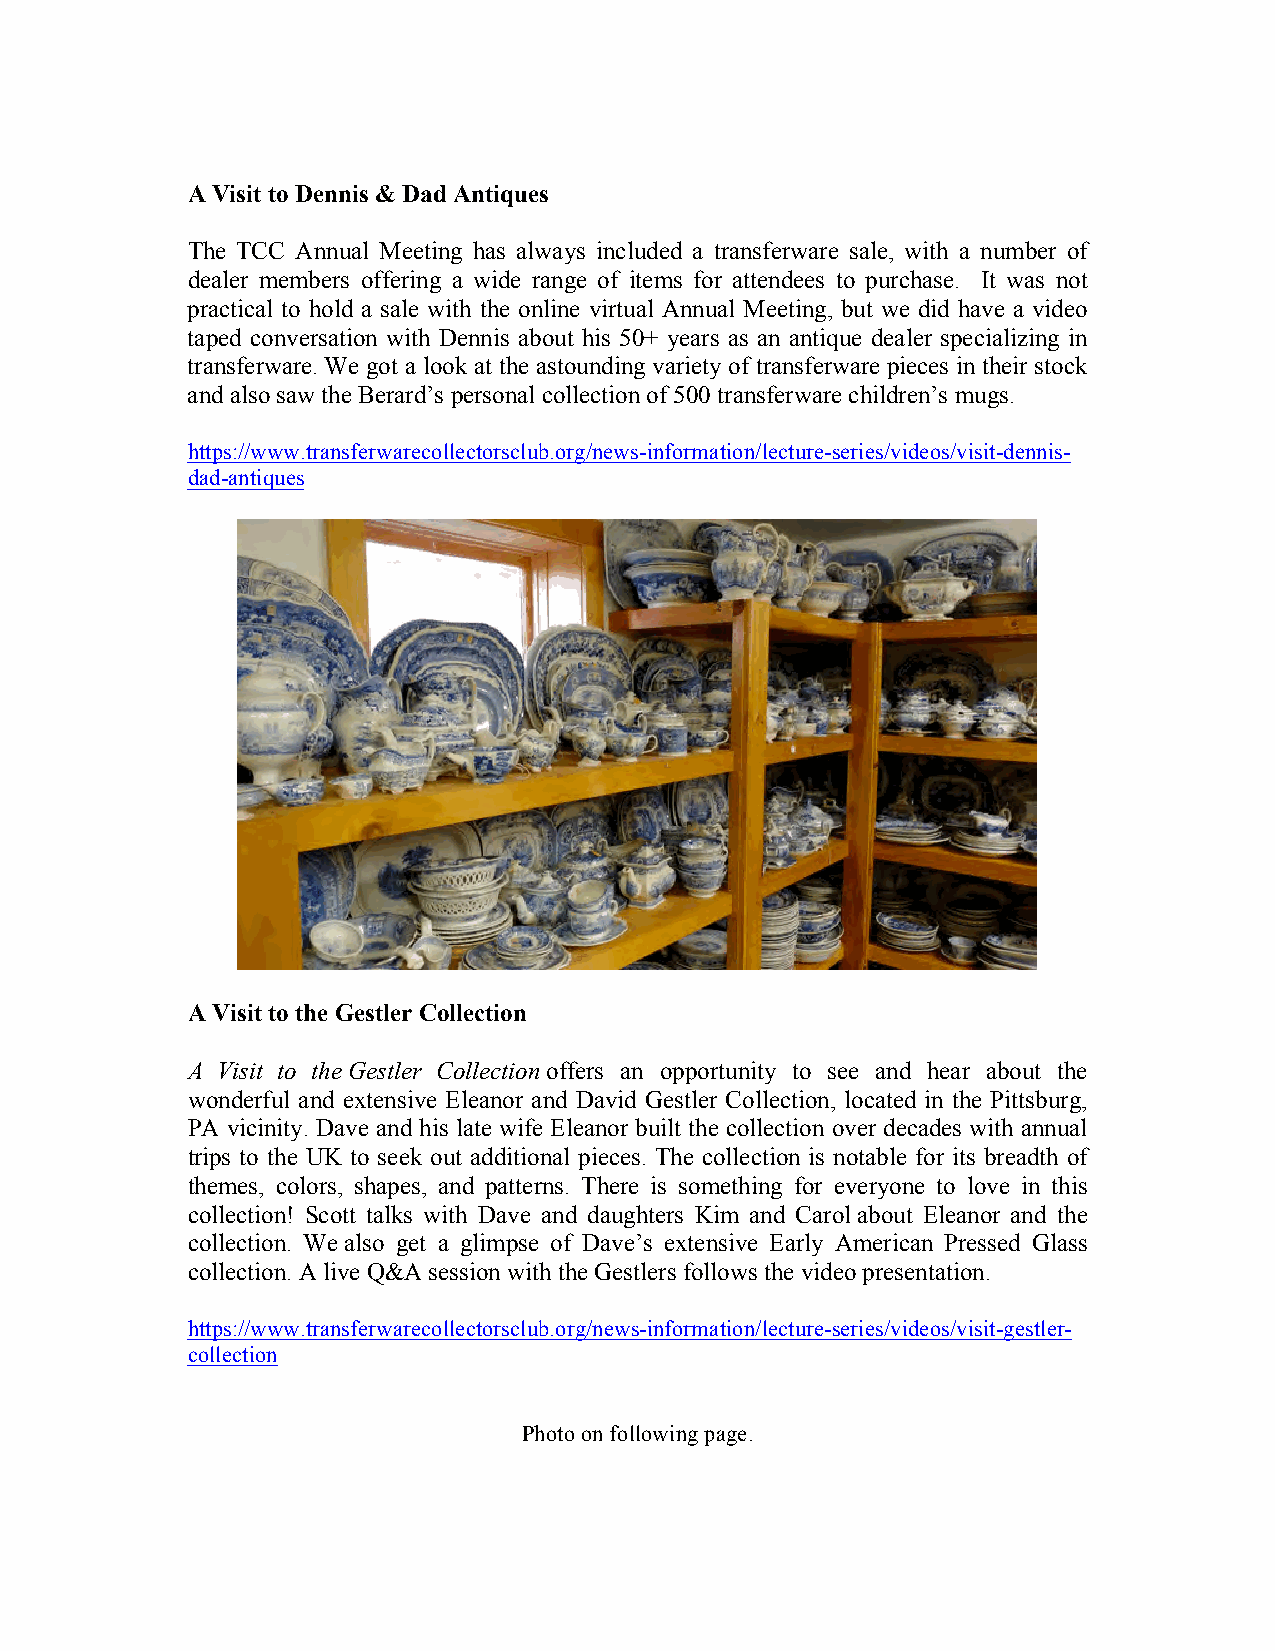
A Visit to Dennis & Dad Antiques
 The TCC Annual Meeting has always included a transferware sale, with a number of
 dealer members offering a wide range of items for attendees to purchase. It was not
 practical to hold a sale with the online virtual Annual Meeting, but we did have a video
 taped conversation with Dennis about his 50+ years as an antique dealer specializing in
 transferware. We got a look at the astounding variety of transferware pieces in their stock
 and also saw the Berard’s personal collection of 500 transferware children’s mugs.
 https://www.transferwarecollectorsclub.org/news-information/lecture-series/videos/visit-dennis-
 dad-antiques
 A Visit to the Gestler Collection
 A Visit to the Gestler Collection offers an opportunity to see and hear about the
 wonderful and extensive Eleanor and David Gestler Collection, located in the Pittsburg,
 PA vicinity. Dave and his late wife Eleanor built the collection over decades with annual
 trips to the UK to seek out additional pieces. The collection is notable for its breadth of
 themes, colors, shapes, and patterns. There is something for everyone to love in this
 collection! Scott talks with Dave and daughters Kim and Carol about Eleanor and the
 collection. We also get a glimpse of Dave’s extensive Early American Pressed Glass
 collection. A live Q&A session with the Gestlers follows the video presentation.
 https://www.transferwarecollectorsclub.org/news-information/lecture-series/videos/visit-gestler-
 collection
 Photo on following page.